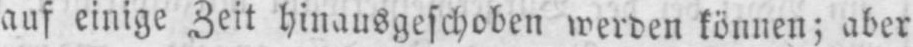
auf einige Zeit hinausgeschoben werden können; aber